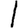
Digit: 1